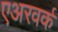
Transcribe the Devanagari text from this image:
एअरवर्क